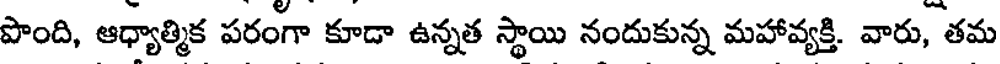
పొంది, ఆధ్యాత్మిక పరంగా కూడా ఉన్నత స్థాయి నందుకున్న మహావ్యక్తి. వారు, తమ